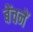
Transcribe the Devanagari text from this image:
बेंचनें